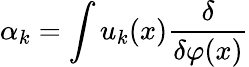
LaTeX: \alpha_{k}=\int u_{k}(x){\frac{\delta}{\delta\varphi(x)}}